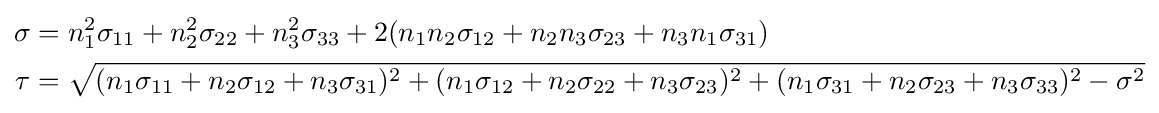
{\begin{aligned}\sigma &=n_{1}^{2}\sigma _{11}+n_{2}^{2}\sigma _{22}+n_{3}^{2}\sigma _{33}+2(n_{1}n_{2}\sigma _{12}+n_{2}n_{3}\sigma _{23}+n_{3}n_{1}\sigma _{31})\\\tau &={\sqrt {(n_{1}\sigma _{11}+n_{2}\sigma _{12}+n_{3}\sigma _{31})^{2}+(n_{1}\sigma _{12}+n_{2}\sigma _{22}+n_{3}\sigma _{23})^{2}+(n_{1}\sigma _{31}+n_{2}\sigma _{23}+n_{3}\sigma _{33})^{2}-\sigma ^{2}}}\end{aligned}}